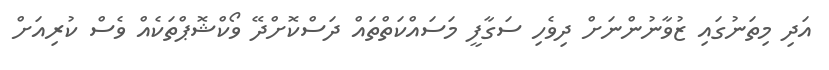
އަދި މިތަނުގައި ޒުވާނުންނަށް ދިވެހި ސަގާފީ މަސައްކަތްތައް ދަސްކޮށްދޭ ވޯކްޝޮޕްތަކެއް ވެސް ކުރިއަށް